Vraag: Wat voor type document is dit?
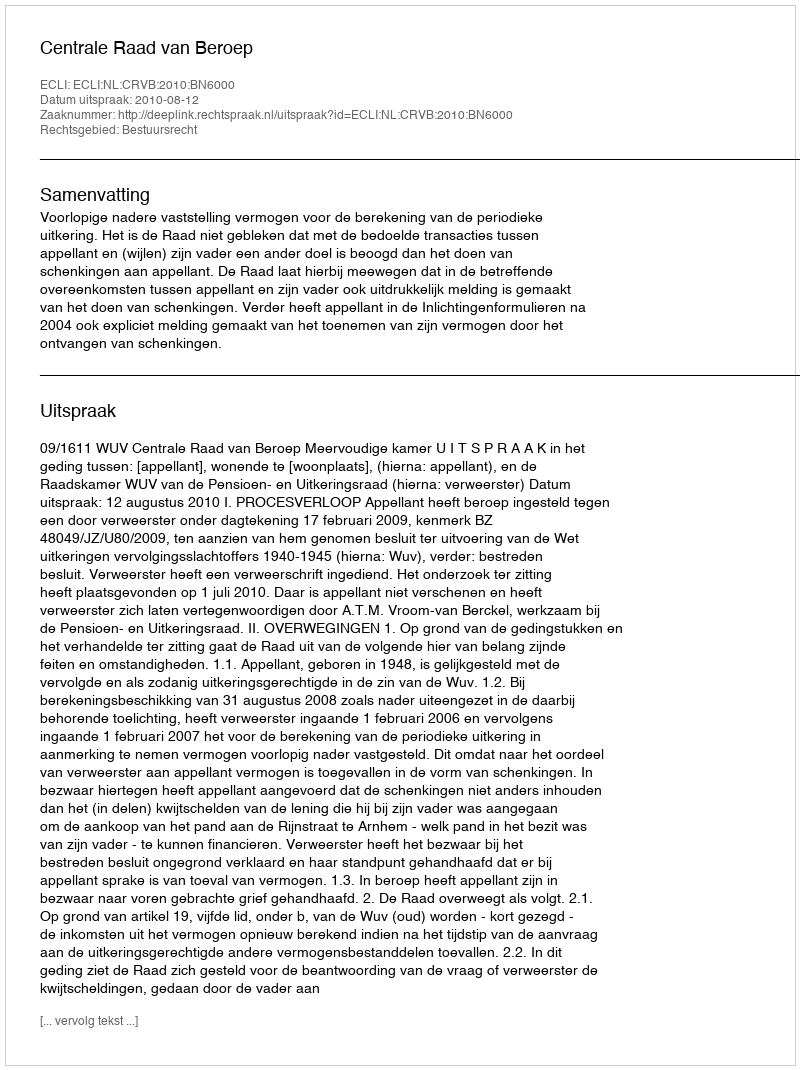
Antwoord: Uitspraak